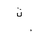
Letter: _ta